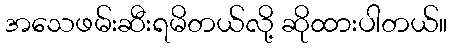
အသေဖမ်းဆီးရမိတယ်လို့ ဆိုထားပါတယ်။